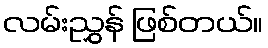
လမ်းညွှန် ဖြစ်တယ်။